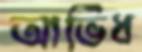
আভিধ